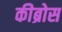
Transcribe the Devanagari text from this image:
कीब्रोस